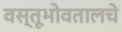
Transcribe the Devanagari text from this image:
वस्तूभोवतालचे